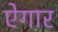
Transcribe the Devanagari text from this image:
ऐगार